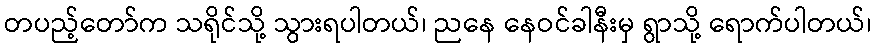
တပည့်တော်က သရိုင်သို့ သွားရပါတယ်၊ ညနေ နေဝင်ခါနီးမှ ရွာသို့ ရောက်ပါတယ်၊